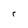
Character: r